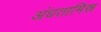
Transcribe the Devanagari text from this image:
अंधतामिस्र